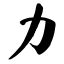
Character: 力